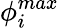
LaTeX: \phi_{i}^{max}